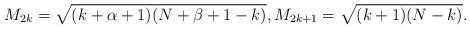
LaTeX: \begin{align*} M_{2k}= \sqrt{(k+\alpha+1)(N+\beta+1-k)}, M_{2k+1}=\sqrt{(k+1)(N-k)}. \end{align*}